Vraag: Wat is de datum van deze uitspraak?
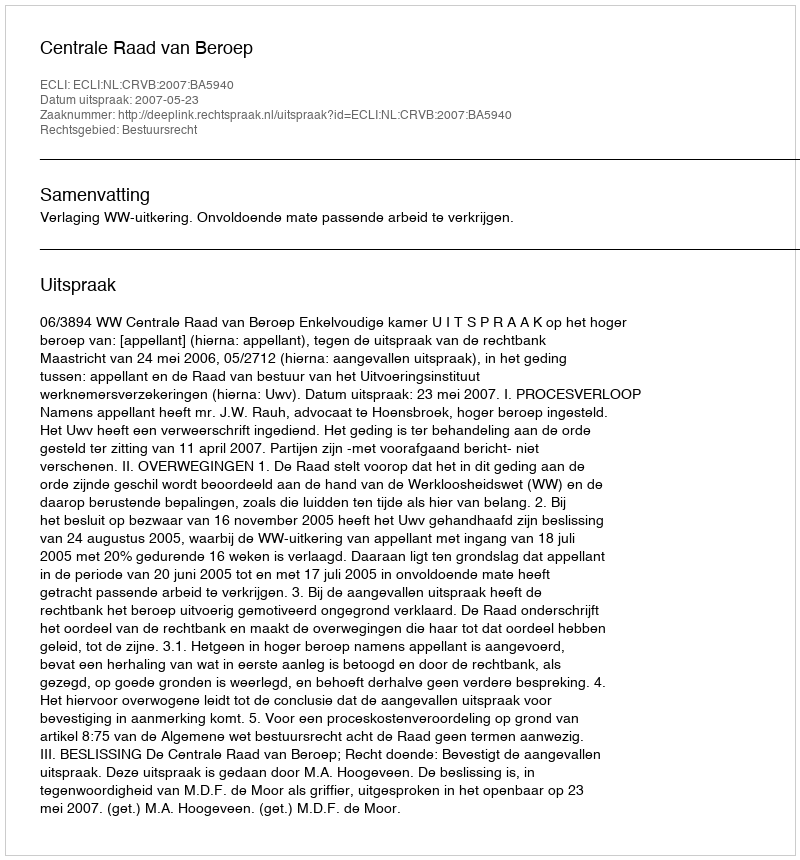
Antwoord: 2007-05-23